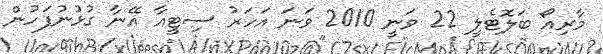
މާރިއޯ ބަލޮޓެލީ 22 ވަނީ 2010 ވަނަ އަހަރު ސިޓީއާ އޭނާ ގުޅުނުފަހުން